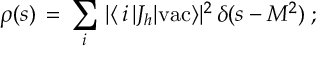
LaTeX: \rho ( s ) \, = \, \sum _ { i } \, | \langle \, i \, | J _ { h } | \mathrm { v a c } \rangle | ^ { 2 } \, \delta ( s - M ^ { 2 } ) \; ;